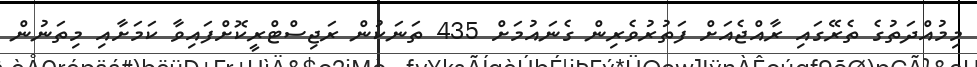
މިމުއްދަތުގެ ތެރޭގައި ރާއްޖެއަށް ފަތުރުވެރިން ގެނައުމަށް 435 ތަނަކުން ރަޖިސްޓްރީކޮށްފައިވާ ކަމަށާއި މިތަނުން